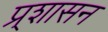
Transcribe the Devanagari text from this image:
प्र्शासन